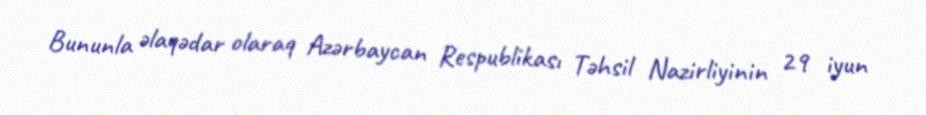
Bununla əlaqədar olaraq Azərbaycan Respublikası Təhsil Nazirliyinin 29 iyun